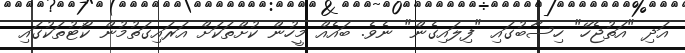
އަދި "އަތުޖެހޭ" ހިސާބުގައި "ފިލައިގެން" ނެވެ. ބައެއް މީހުން ކުށްތަކަށް އަރައިގަތުމުން ކޯޓުތަކުގައި